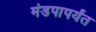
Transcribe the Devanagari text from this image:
मंडपापर्यंत